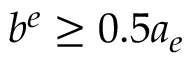
b ^ { e } \ge 0 . 5 a _ { e }